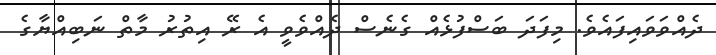
ދެއްވަވައިފައެވެ. މިފަދަ ބަސްފުޅެއް ގެނެސް ދެއްވެވީ އެ ރޭ އިތުރު މާތް ނަބިއްޔާގެ